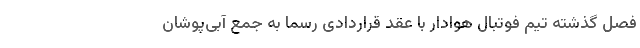
فصل گذشته تیم فوتبال هوادار با عقد قراردادی رسما به جمع آبی‌پوشان